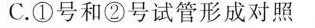
C.①号和②号试管形成对照